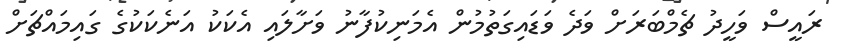
ރައީސް ވަހީދު ޗެމްބަރަށް ވަދެ ވަޑައިގަތުމުން އެމަނިކުފާނު ވަށާލައި އެކަކު އަނެކަކުގެ ގައިމައްޗަށް